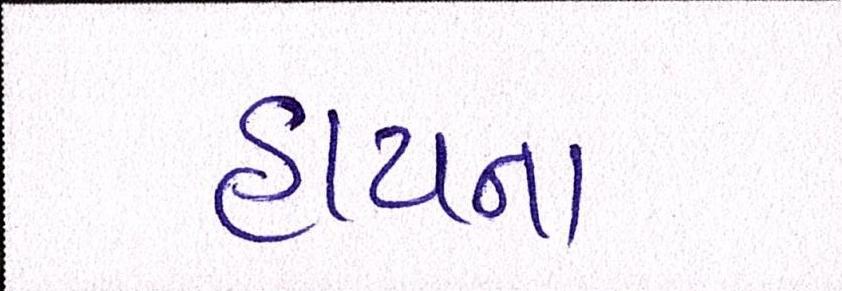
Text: હાયના